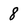
Character: 8